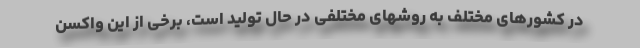
در کشورهای مختلف به روشهای مختلفی در حال تولید است، برخی از این واکسن